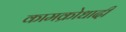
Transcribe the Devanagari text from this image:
कामक्रोधादी